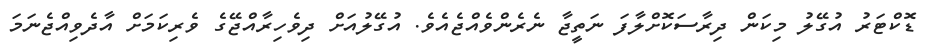
ޑޮކްޓަރު އުގޭލު މިކަން ދިރާސަކޮށްލާފަ ނަތީޖާ ނެރެންވެއްޖެއެވެ. އުގޭލުއަށް ދިވެހިރާއްޖޭގެ ވެރިކަމަށް އާދެވިއްޖެނަމަ